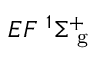
{ E F } ~ ^ { 1 } { \Sigma } _ { \mathrm { ~ g ~ } } ^ { + }